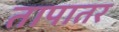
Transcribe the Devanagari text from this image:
तापातर